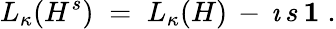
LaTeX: L_{\kappa}(H^{s})\; =\; L_{\kappa}(H)\, -\, \imath\, s\, {\mathbf 1}\; .